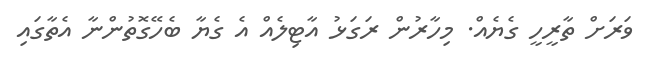
ވަރަށް ތާރީހީ ގެޔެއް. މިހާރުން ރަގަޅު އާޓިލެއް އެ ގެޔާ ބެހޭގޮތުންނާާ އެތާގައި